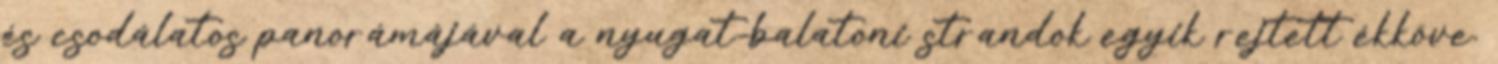
és csodálatos panorámájával a nyugat-balatoni strandok egyik rejtett ékköve.